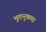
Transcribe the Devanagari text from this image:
भूतानुकम्पा